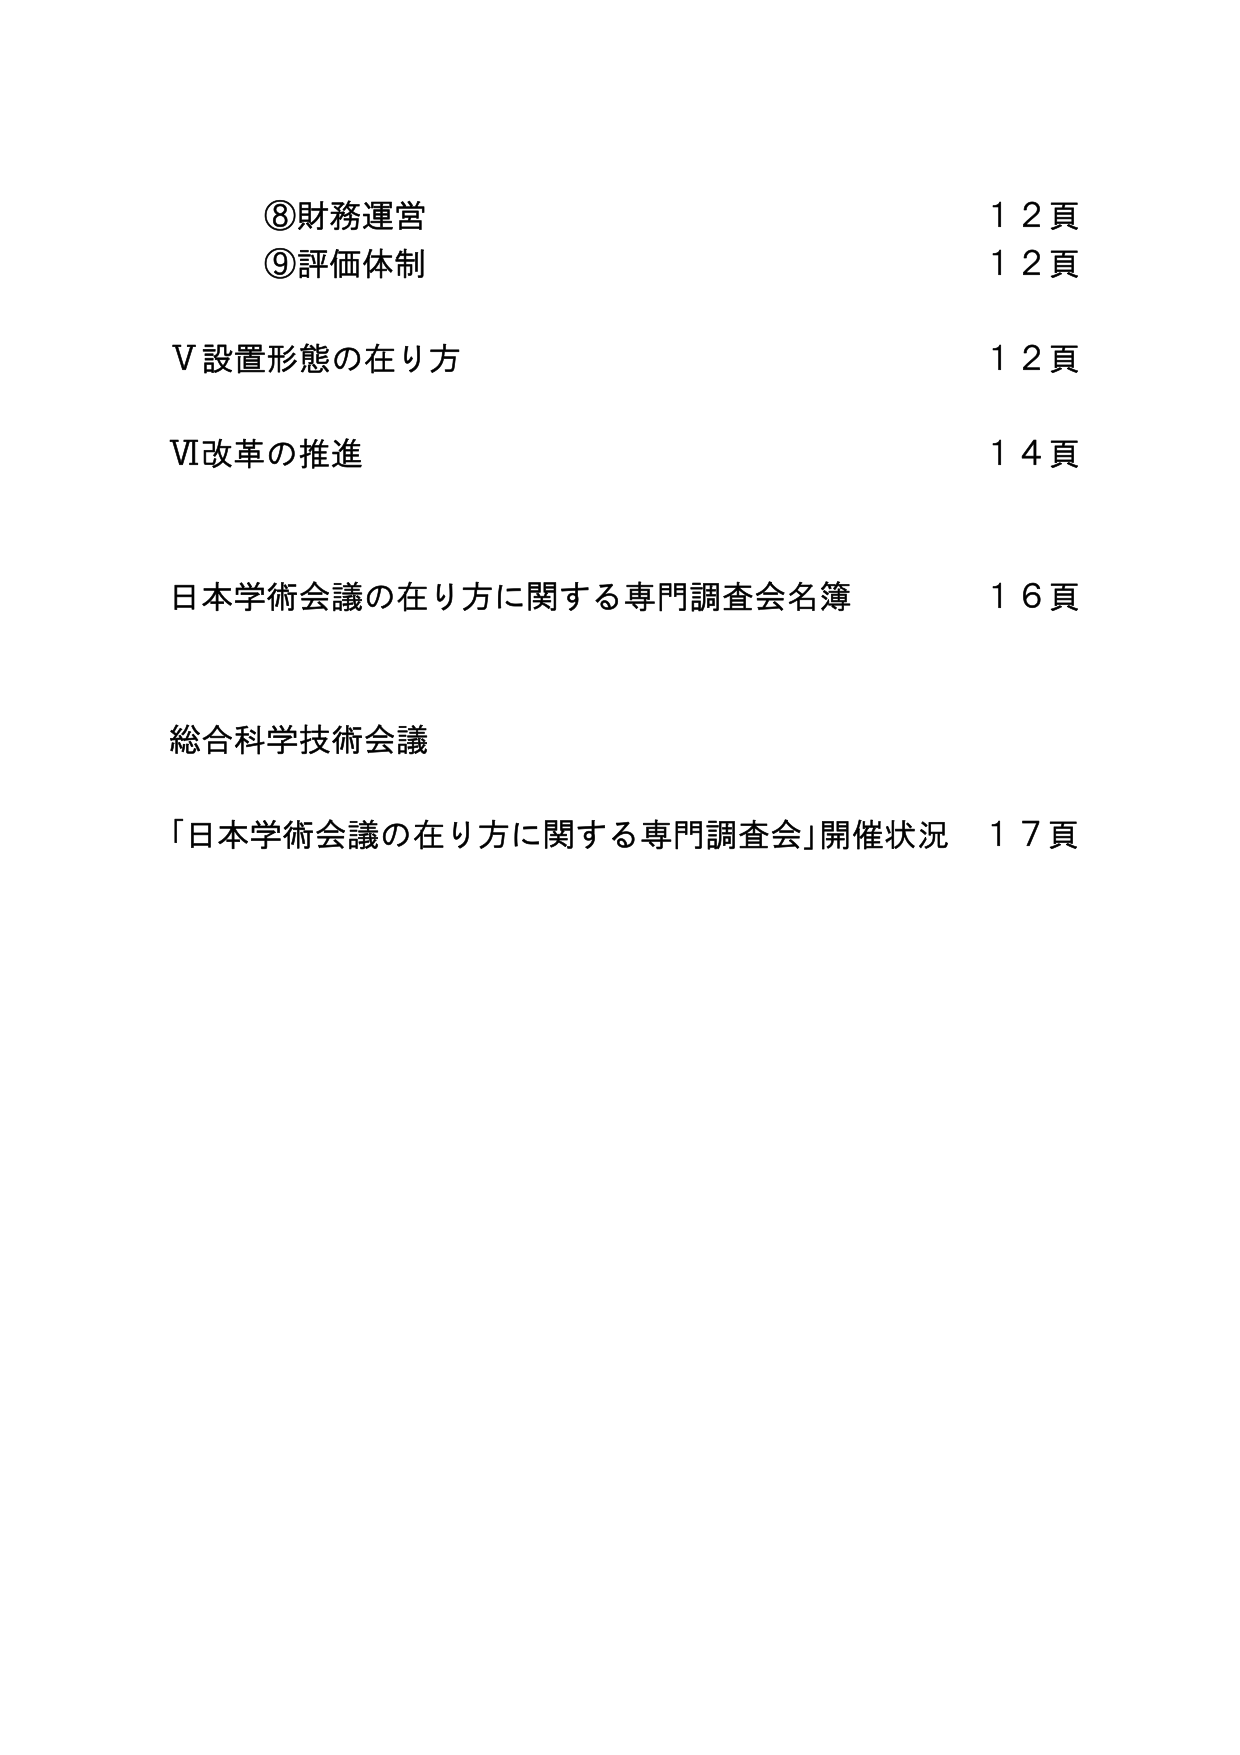
⑧財務運営 12頁
⑨評価体制 12頁
V 設置形態の在り方 12頁
VI 改革の推進 14頁
日本学術会議の在り方に関する専門調査会名簿 16頁
総合科学技術会議
「日本学術会議の在り方に関する専門調査会」開催状況 17頁